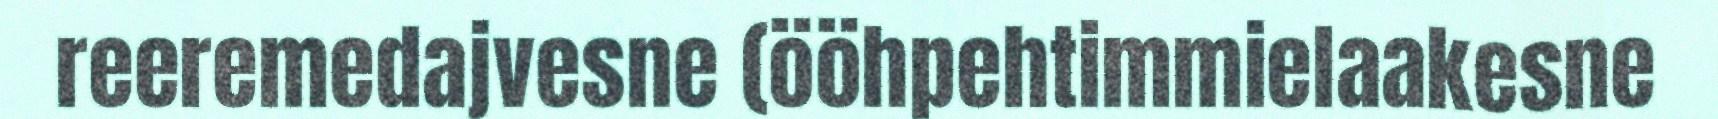
reeremedajvesne (ööhpehtimmielaakesne